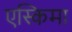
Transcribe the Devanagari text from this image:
एस्किमा